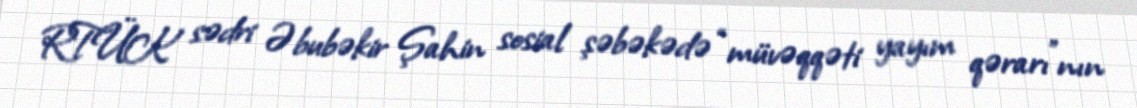
RTÜK sədri Əbubəkir Şahin sosial şəbəkədə “müvəqqəti yayım qərarı”nın